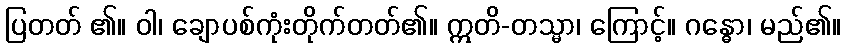
ပြတတ် ၏။ ဝါ၊ ချောပစ်ကုံးတိုက်တတ်၏။ ဣတိ-တသ္မာ၊ ကြောင့်။ ဂန္ဓော၊ မည်၏။